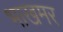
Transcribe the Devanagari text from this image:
भाखमर